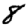
Digit: 8